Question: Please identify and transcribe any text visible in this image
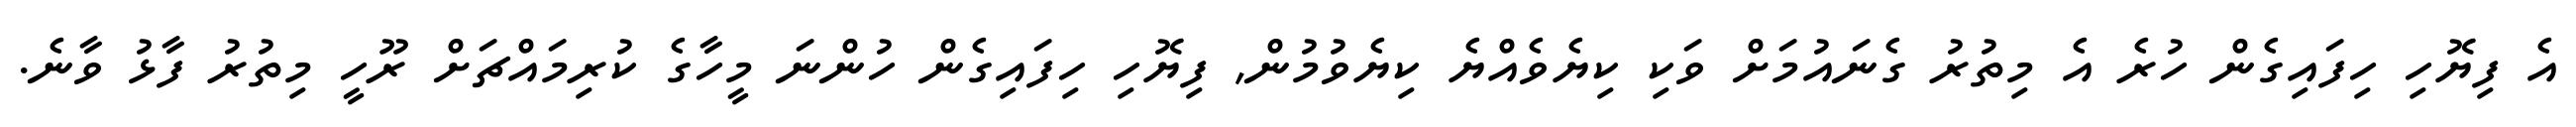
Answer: އެ ފިޔޮހި ހިފައިގެން ހުރެ އެ މިތުރު ގެނައުމަށް ވަކި ކިޔެވެއްޔެ ކިޔެވުމުން, ފިޔޮހި ހިފައިގެން ހުންނަ މީހާގެ ކުރިމައްޗަށް ރޫހީ މިތުރު ފާޅު ވާނެ.